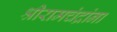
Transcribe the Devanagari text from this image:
श्रीरामचंद्रांना